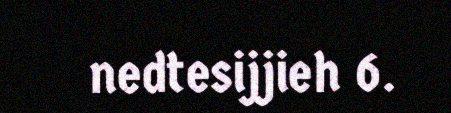
nedtesijjieh 6.